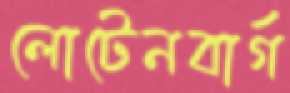
লোটেনবার্গ